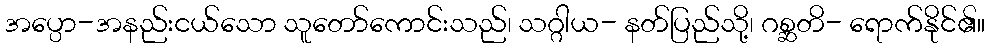
အပ္ပော-အနည်းငယ်သော သူတော်ကောင်းသည်၊ သဂ္ဂါယ- နတ်ပြည်သို့၊ ဂစ္ဆတိ- ရောက်နိုင်၏။